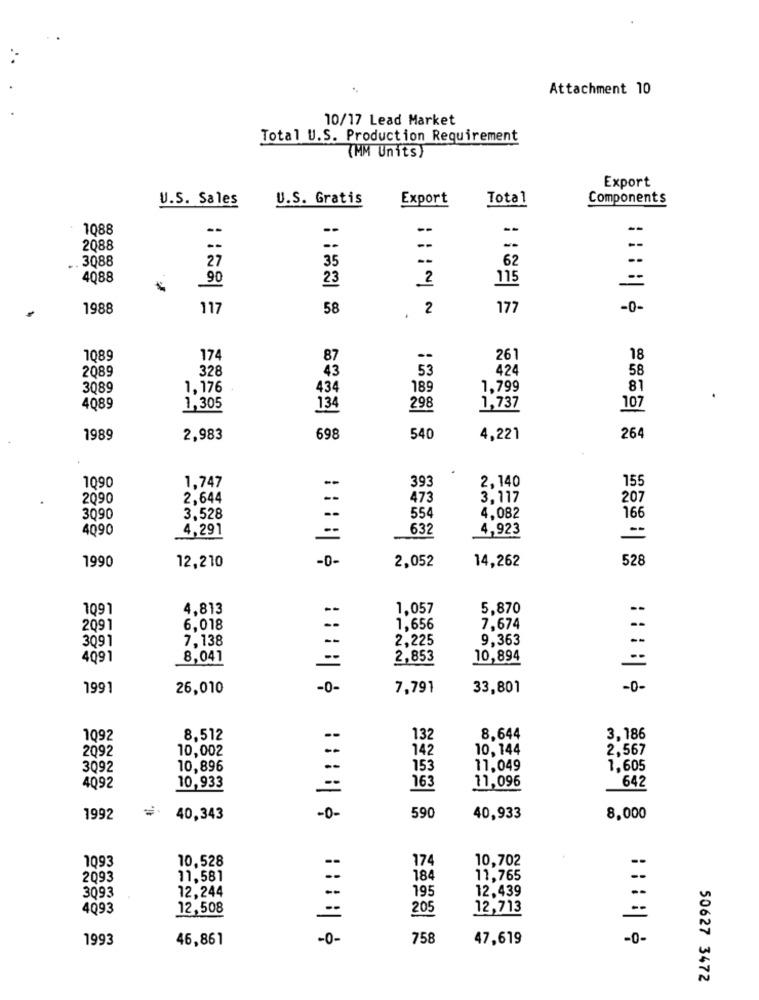
Attachment 10
10/17 Lead Market
Total U.S. Production Requirement
(MM Units)
Export
U.S. Sales
U.S. Gratis
Export
Total
Components
1088
--
- -
2088
-
3088
27
35
62
--
4088
90
23
2
115
--
1988
117
58
, 2
177
-0-
1089
174
87
261
18
2089
328
53
424
58
43
3089
1,176
434
189
1,799
81
4089
1,305
134
298
1,737
107
1989
2,983
698
540
4,221
26
1090
1,747
393
2,140
155
2090
2,644
473
3.117
207
554
3090
3,528
4,082
166
4090
4,291
632
4,923
--
==
-0-
2,052
14,262
1990
12,210
528
1091
4,813
1,057
5,870
--
2091
6,018
1,656
7,674
3091
7,138
--
2,225
9.363
--
4091
8,041
--
2,853
10,894
1991
26,010
-0-
7,791
33,801
-0-
1092
8,512
132
8.644
3,186
2092
10,002
142
10, 144
2,567
3092
10,896
--
153
11,049
1,605
11,096
4092
10,933
163
642
1992
40,343
-0-
590
40,933
8,000
10,528
10,702
1093
174
2093
11,581
184
11,765
12,244
12,439
--
3093
195
4093
12,508
205
12,713
--
1993
46,861
-0-
758
47,619
-0-
50627 3472